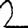
Digit: 2